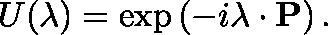
U ( \mathbf { \lambda } ) = \exp \left( - i \mathbf { \lambda } \cdot \mathbf { P } \right) .